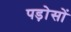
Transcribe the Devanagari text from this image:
पड़ोसों